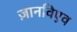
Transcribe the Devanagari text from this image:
ज़ानविएव